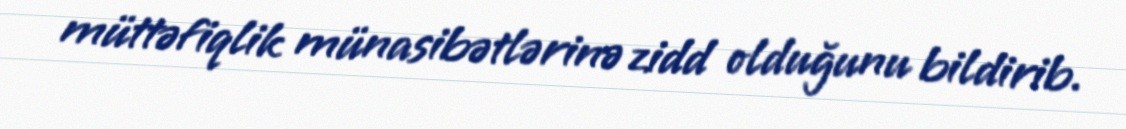
müttəfiqlik münasibətlərinə zidd olduğunu bildirib.